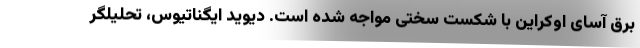
برق آسای اوکراین با شکست سختی مواجه شده است. دیوید ایگناتیوس، تحلیلگر